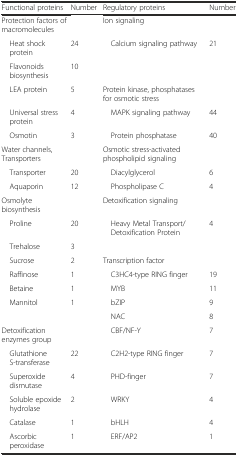
| Functional proteins | Number | Regulatory proteins | Number |
 | --- | --- | --- | --- |
 | <COLSPAN=2> Protection factors of macromolecules | Ion signaling |  |
 | Heat shock protein | 24 | Calcium signaling pathway | 21 |
 | Flavonoids biosynthesis | 10 |  |  |
 | LEA protein | 5 | <COLSPAN=2> Protein kinase, phosphatases for osmotic stress |
 | Universal stress protein | 4 | MAPK signaling pathway | 44 |
 | Osmotin | 3 | Protein phosphatase | 40 |
 | Water channels, Transporters |  | Osmotic stress-activated phospholipid signaling |  |
 | Transporter | 20 | Diacylglycerol | 6 |
 | Aquaporin | 12 | Phospholipase C | 4 |
 | Osmolyte biosynthesis |  | Detoxification signaling |  |
 | Proline | 20 | Heavy Metal Transport/Detoxification Protein | 4 |
 | Trehalose | 3 |  |  |
 | Sucrose | 2 | Transcription factor |  |
 | Raffinose | 1 | C3HC4-type RING finger | 19 |
 | Betaine | 1 | MYB | 11 |
 | Mannitol | 1 | bZIP | 9 |
 |  |  | NAC | 8 |
 | Detoxification enzymes group |  | CBF/NF-Y | 7 |
 | Glutathione S-transferase | 22 | C2H2-type RING finger | 7 |
 | Superoxide dismutase | 4 | PHD-finger | 7 |
 | Soluble epoxide hydrolase | 2 | WRKY | 4 |
 | Catalase | 1 | bHLH | 4 |
 | Ascorbic peroxidase | 1 | ERF/AP2 | 1 |